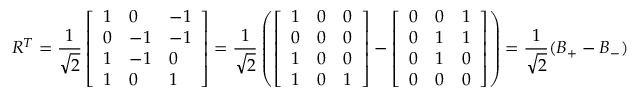
R ^ { T } = \frac { 1 } { \sqrt { 2 } } \left[ \begin{array} { l l l } { 1 } & { 0 } & { - 1 } \\ { 0 } & { - 1 } & { - 1 } \\ { 1 } & { - 1 } & { 0 } \\ { 1 } & { 0 } & { 1 } \end{array} \right] = \frac { 1 } { \sqrt { 2 } } \left( \left[ \begin{array} { l l l } { 1 } & { 0 } & { 0 } \\ { 0 } & { 0 } & { 0 } \\ { 1 } & { 0 } & { 0 } \\ { 1 } & { 0 } & { 1 } \end{array} \right] - \left[ \begin{array} { l l l } { 0 } & { 0 } & { 1 } \\ { 0 } & { 1 } & { 1 } \\ { 0 } & { 1 } & { 0 } \\ { 0 } & { 0 } & { 0 } \end{array} \right] \right) = \frac { 1 } { \sqrt { 2 } } ( B _ { + } - B _ { - } )